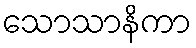
သောသာနိကာ